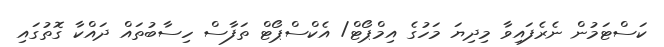
ކަސްޓަމުން ނެރެފައިވާ މިދިޔަ މަހުގެ އިމްޕޯޓް/ އެކްސްޕޯޓް ތަފާސް ހިސާބުތައް ދައްކާ ގޮތުގައި